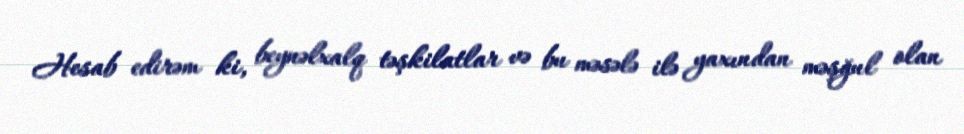
Hesab edirəm ki, beynəlxalq təşkilatlar və bu məsələ ilə yaxından məşğul olan